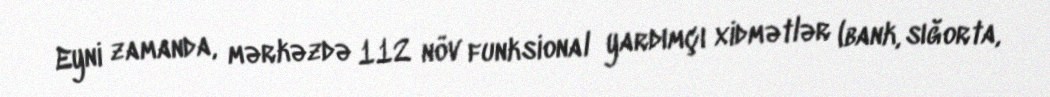
Eyni zamanda, mərkəzdə 112 növ funksional yardımçı xidmətlər (bank, sığorta,